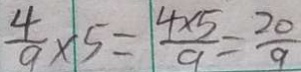
\frac { 4 } { 9 } \times 5 = \frac { 4 \times 5 } { 9 } = \frac { 2 0 } { 9 }